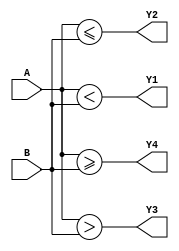
// Code your design here
module Relational (A, B, Y1, Y2, Y3, Y4);
  input [2:0] A, B;
  output reg Y1, Y2, Y3, Y4;
  
  always @(A or B) begin
    Y1= A<B;
    Y2= A<=B;
    Y3= A>B;
    Y4= A>=B;
  end
  
endmodule